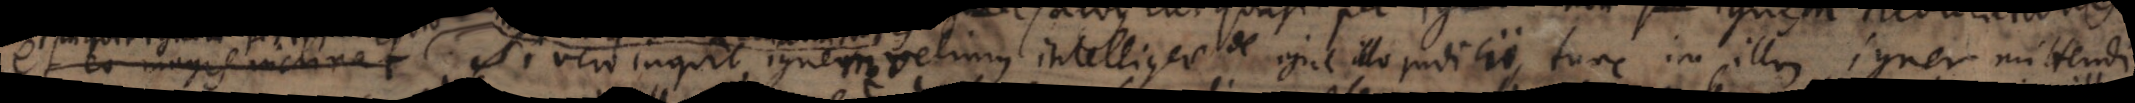
et eo magis inclinat Si vero inquit, ignem velimus intelligere de igne illo judicii, tunc in illum ignem mittendi